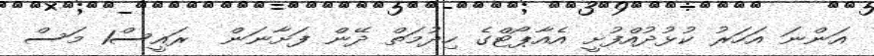
އަންނަ އަަހަރު ކުޅުދުއްފުށީ އެއާޕޯޓްގެ ހިދުމަތް ދޭން ފަށާނަން  ރައީސް1 މަސް